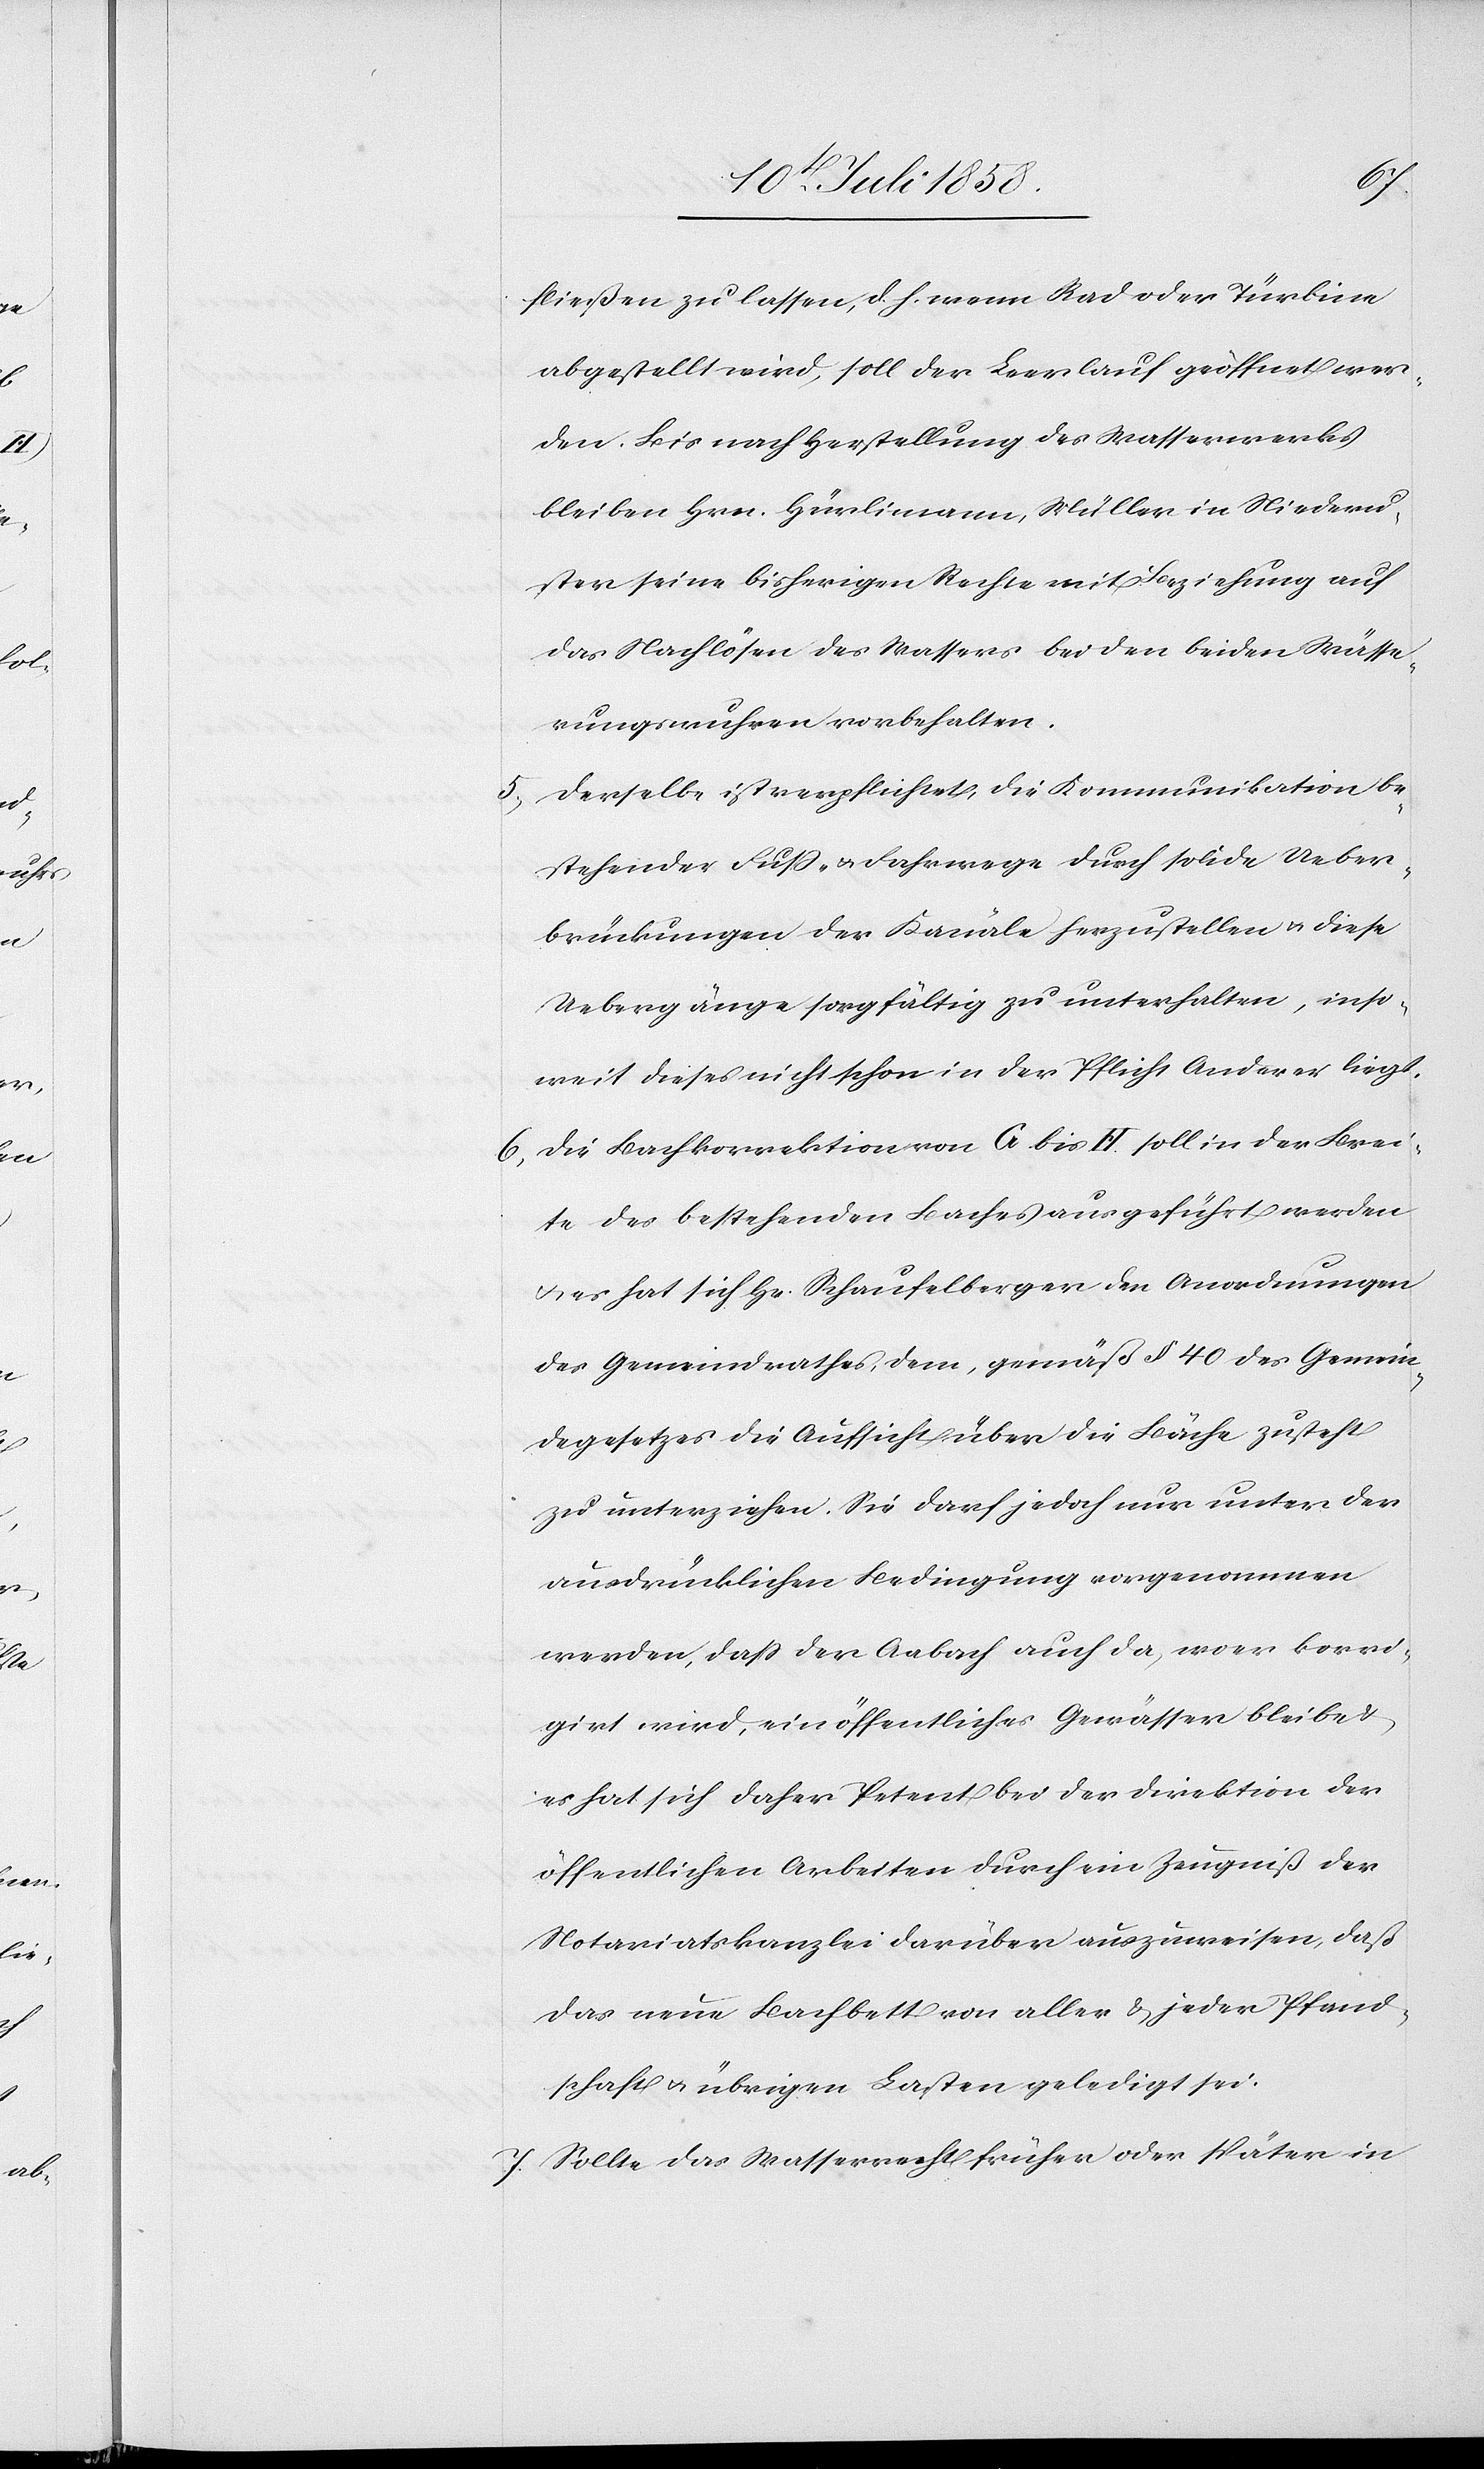
fließen zu lassen, d. h. wenn Rad oder Türbine
abgestellt wird, soll der Leerlauf geöffnet wer¬
den. Bis nach Herstellung des Wasserwerks
bleiben Hrn. Hürlimann, Müller in Niederu¬
ster seine bisherigen Rechte mit Beziehung auf
das Nachlösen des Wassers bei den beiden Wässe¬
rungswuhren vorbehalten.
Derselbe ist verpflichtet, die Kommunikation be¬
stehender Fuss- & Fahrwege durch solide Ueber¬
brückungen der Kanäle herzustellen & diese
Uebergänge sorgfältig zu unterhalten, inso¬
weit dieses nicht schon in der Pflicht Anderer liegt.
Die Bachkorrektion von G bis H soll in der Brei¬
te des bestehenden Baches ausgeführt werden
& es hat sich Hr. Schaufelberger den Anordnungen
des Gemeindrathes, dem, gemäß § 40 des Gemein¬
degesetzes die Aufsicht über die Bäche zusteht
zu unterziehen. Sie darf jedoch nur unter der
ausdrücklichen Bedingung vorgenommen
werden, dass der Aabach auch da, wo er korri¬
girt wird, ein öffentliches Gewässer bleibe &
es hat sich daher Petent bei der Direktion der
öffentlichen Arbeiten durch ein Zeugniß der
Notariatskanzlei darüber auszuweisen, daß
das neue Bachbett von aller & jeder Pfand¬
schaft & übrigen Lasten geledigt sei.
Sollte das Wasserrecht früher oder später in